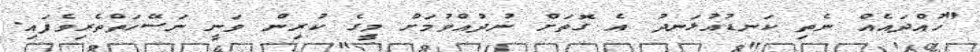
"ހުއްދައެއް ނެތި ކަނޑުއުޅަނދު އެ ގޮތަށް ނުދުއްވުމަށް މީގެ ކުރިން ވަނީ ނަސޭހަތްތެރިވެފައި.